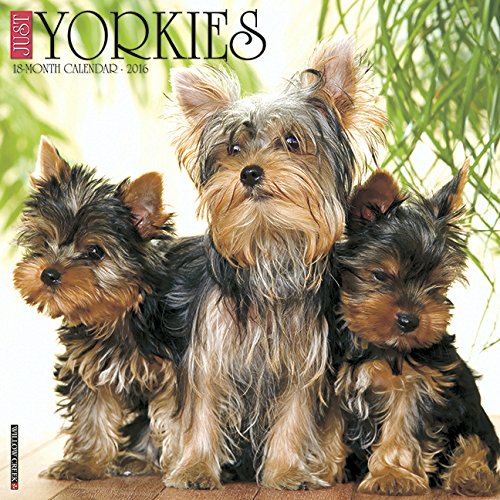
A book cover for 2016 Just Yorkies Wall Calendar; Willow Creek Press; Calendars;